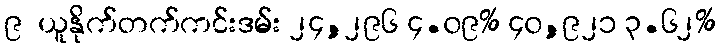
၉  ယူနိုက်တက်ကင်းဒမ်း ၂၄,၂၉၆ ၄.၀၉% ၄၀,၉၂၁ ၃.၆၂%